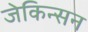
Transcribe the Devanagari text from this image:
जेकिन्सन